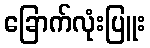
ခြောက်လုံးပြူး